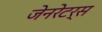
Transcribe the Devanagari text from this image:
जेनरेटर्स